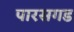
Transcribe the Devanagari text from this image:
पारसगड